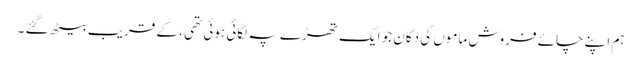
ہم اپنے چائے فروش ماموں کی دکان جو ایک تھڑے پہ لگائی ہوئی تھی ، کے قریب بیٹھ گئے ۔